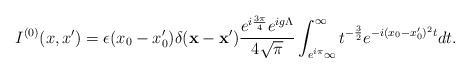
\begin{align*}I^{(0)}(x,x')=\epsilon(x_0-x'_0)\delta({\bf x-x'})\frac{e^{i\frac{3\pi}{4}}e^{ig\Lambda}}{4\sqrt{\pi}}\int_{e^{i\pi}\infty}^{\infty}t^{-\frac{3}{2}}e^{-i(x_0-x'_0)^2 t}dt.\end{align*}